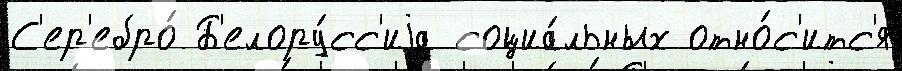
С'ер'ебро́ Б'елору́сс'иjа социа́льных отно́с'итс'я